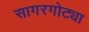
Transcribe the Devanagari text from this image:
सागरगोट्या